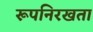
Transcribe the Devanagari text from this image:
रूपनिरखता